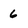
Character: 6